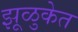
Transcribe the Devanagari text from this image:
झूळुकेत